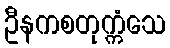
ဦနကစတုက္ကံသေ